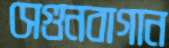
সেগুনবাগান